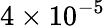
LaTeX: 4\times 10^{-5}